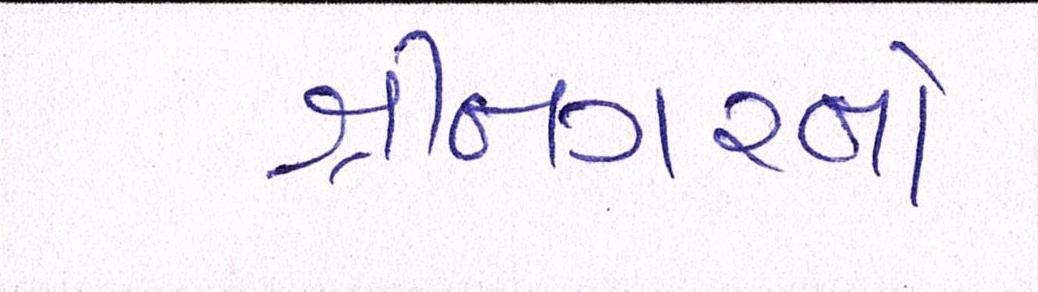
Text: શ્રીનગરનો